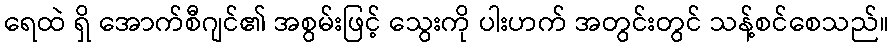
ရေထဲ ရှိ အောက်စီဂျင်၏ အစွမ်းဖြင့် သွေးကို ပါးဟက် အတွင်းတွင် သန့်စင်စေသည်။